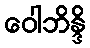
ဝေါဘိန္ဒိ